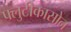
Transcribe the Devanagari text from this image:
फ्लुटीकासोन